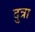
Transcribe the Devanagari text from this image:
दुत्रा